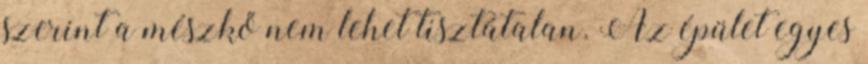
szerint a mészkő nem lehet tisztátalan. Az épület egyes